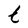
Character: t